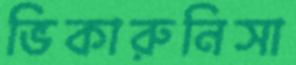
ভিকারুনিসা